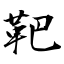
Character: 靶